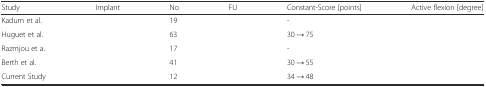
<table><thead><tr><td><b>Study</b></td><td><b>Implant</b></td><td><b>No</b></td><td><b>FU</b></td><td><b>Constant-Score [points]</b></td><td><b>Active flexion [degree]</b></td></tr></thead><tbody><tr><td>Kadum et al.</td><td>[EMPTY_CELL]</td><td>19</td><td>[EMPTY_CELL]</td><td>-</td><td>[EMPTY_CELL]</td></tr><tr><td>Huguet et al.</td><td>[EMPTY_CELL]</td><td>63</td><td>[EMPTY_CELL]</td><td>30 → 75</td><td>[EMPTY_CELL]</td></tr><tr><td>Razmjou et a.</td><td>[EMPTY_CELL]</td><td>17</td><td>[EMPTY_CELL]</td><td>-</td><td>[EMPTY_CELL]</td></tr><tr><td>Berth et al.</td><td>[EMPTY_CELL]</td><td>41</td><td>[EMPTY_CELL]</td><td>30 → 55</td><td>[EMPTY_CELL]</td></tr><tr><td>Current Study</td><td>[EMPTY_CELL]</td><td>12</td><td>[EMPTY_CELL]</td><td>34 → 48</td><td>[EMPTY_CELL]</td></tr></tbody></table>